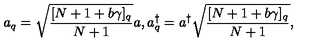
a _ { q } = \sqrt { \frac { [ N + 1 + b \gamma ] _ { q } } { N + 1 } } a , a _ { q } ^ { \dagger } = a ^ { \dagger } \sqrt { \frac { [ N + 1 + b \gamma ] _ { q } } { N + 1 } } ,